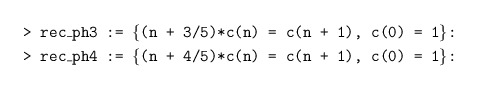
\begin{align*}&\texttt{> rec\_ph3 := \{(n + 3/5)*c(n) = c(n + 1), c(0) = 1\}:}\\&\texttt{> rec\_ph4 := \{(n + 4/5)*c(n) = c(n + 1), c(0) = 1\}:}\end{align*}